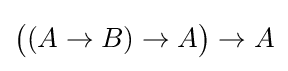
{\big (}(A\to B)\to A{\big )}\to A